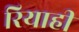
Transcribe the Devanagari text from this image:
रियाही